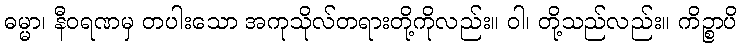
ဓမ္မာ၊ နီဝရဏမှ တပါးသော အကုသိုလ်တရားတို့ကိုလည်း။ ဝါ၊ တို့သည်လည်း။ ကိဉ္စာပိ